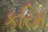
કરિમ